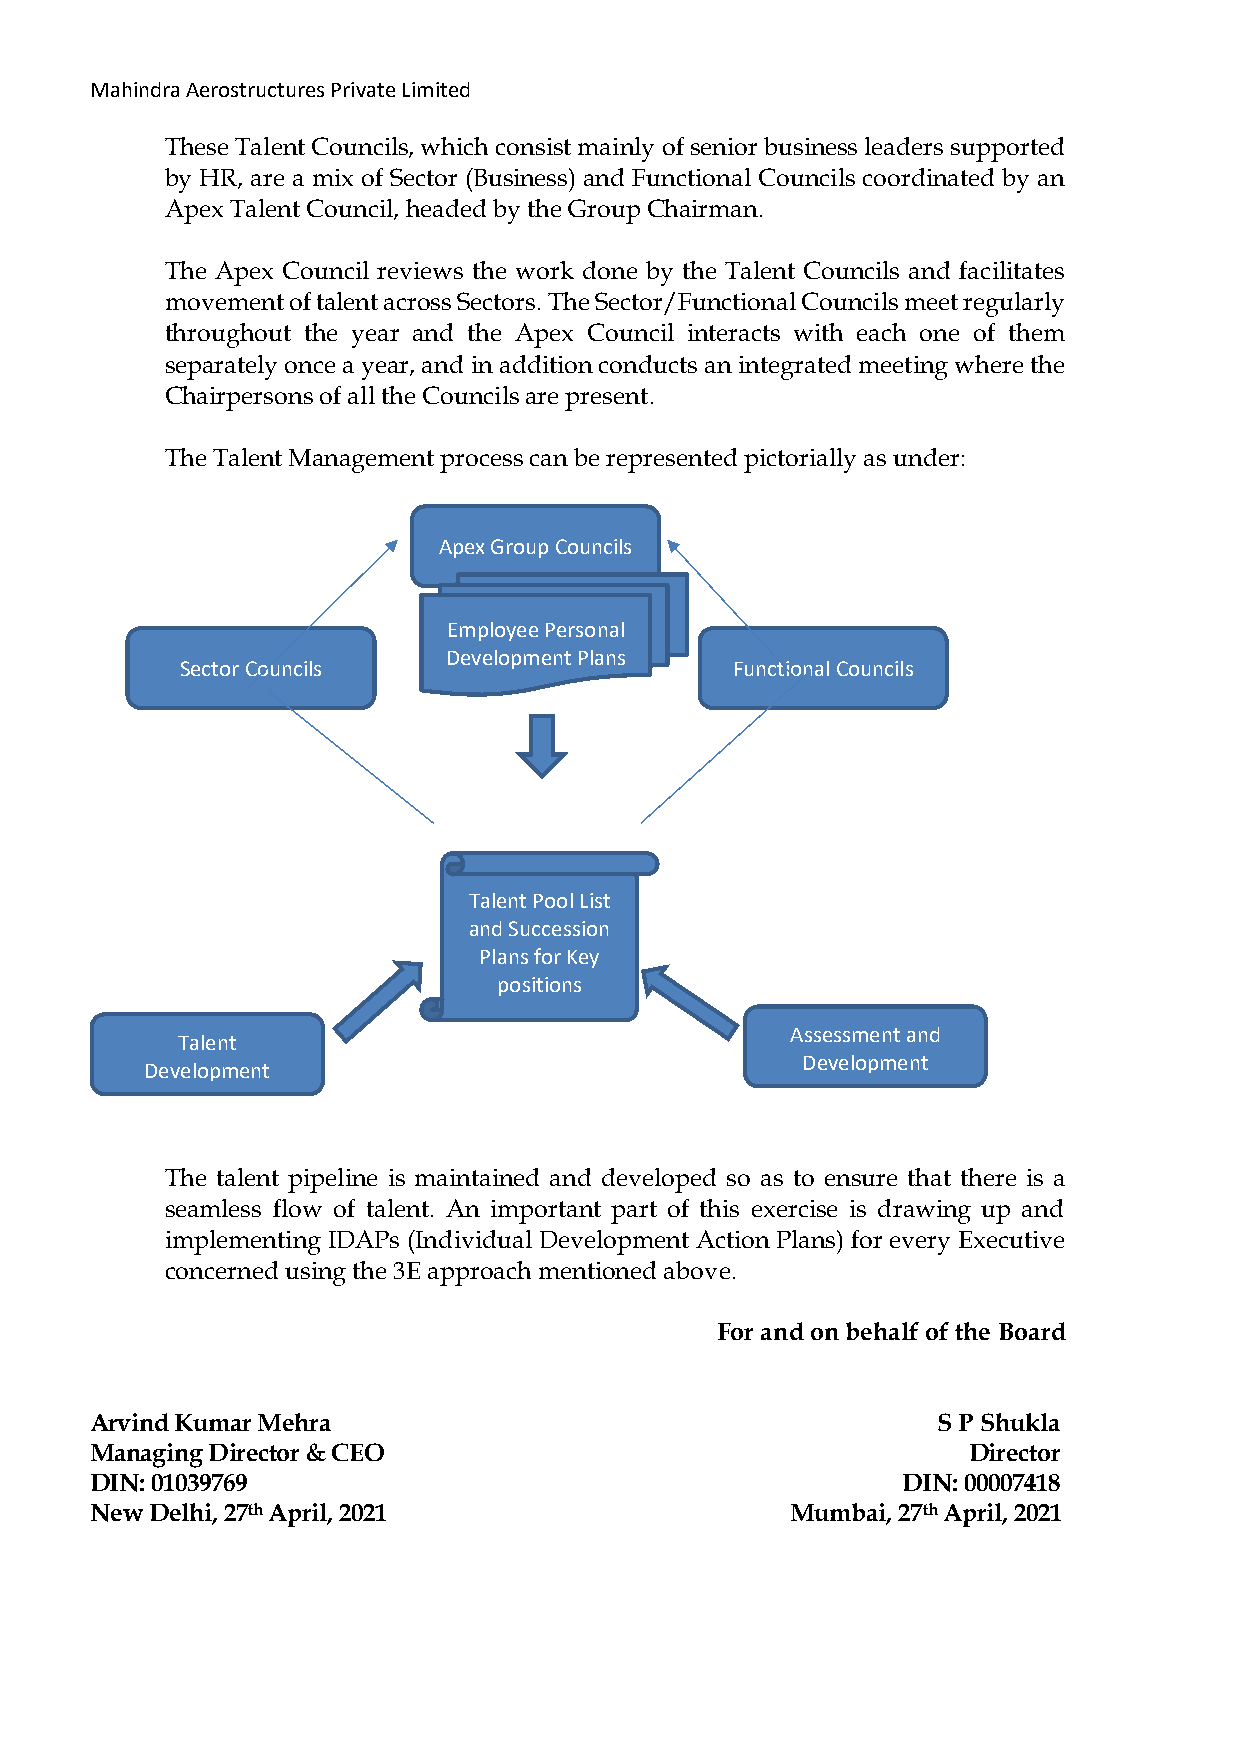
Mahindra Aerostructures Private Limited
 These Talent Councils, which consist mainly of senior business leaders supported
 by HR, are a mix of Sector (Business) and Functional Councils coordinated by an
 Apex Talent Council, headed by the Group Chairman.
 The Apex Council reviews the work done by the Talent Councils and facilitates
 movement of talent across Sectors. The Sector/Functional Councils meet regularly
 throughout the year and the Apex Council interacts with each one of them
 separately once a year, and in addition conducts an integrated meeting where the
 Chairpersons of all the Councils are present.
 The Talent Management process can be represented pictorially as under:
 Apex Group Councils
 Employee Personal
 Development Plans
 Sector Councils                      Functional Councils
 Talent Pool List
 and Succession
 Plans for Key
 positions
 Assessment and
 Talent
 Development
 Development
 Initiatives
 The talent pipeline is maintained and developed so as to ensure that there is a
 seamless flow of talent. An important part of this exercise is drawing up and
 implementing IDAPs (Individual Development Action Plans) for every Executive
 concerned using the 3E approach mentioned above.
 For and on behalf of the Board
 Arvind Kumar Mehra                                      S P Shukla
 Managing Director & CEO                                   Director
 DIN: 01039769                                         DIN: 00007418
 New Delhi, 27th April, 2021                   Mumbai, 27th April, 2021